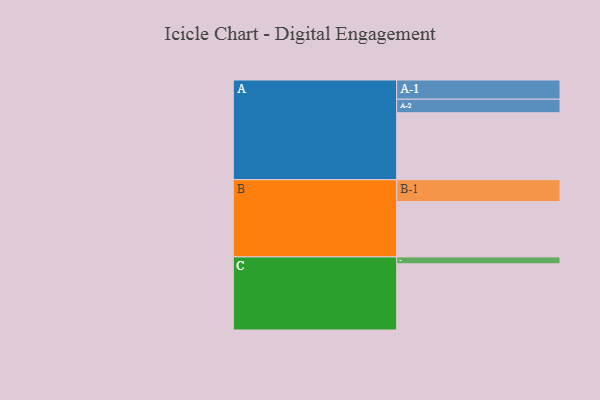
{"axis": {"x": "Segment", "y": "Value"}, "legend": ["", "A", "B", "C"], "data": [{"x": "A", "y": 561, "type": ""}, {"x": "B", "y": 464, "type": ""}, {"x": "C", "y": 555, "type": ""}, {"x": "A-1", "y": 161, "type": "A"}, {"x": "A-2", "y": 114, "type": "A"}, {"x": "B-1", "y": 184, "type": "B"}, {"x": "C-1", "y": 58, "type": "C"}]}